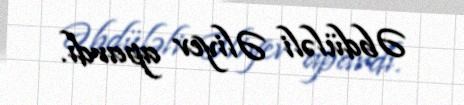
Əbdüləli Əliyev apardı.